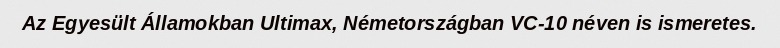
Az Egyesült Államokban Ultimax, Németországban VC-10 néven is ismeretes.